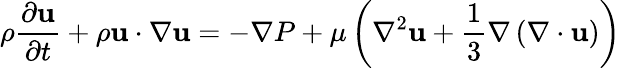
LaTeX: \rho{\frac{\partial\mathbf{u}}{\partial t}}+\rho\mathbf{u}\cdot\nabla\mathbf{u}=-\nabla P+\mu\left(\nabla^{2}\mathbf{u}+{\frac{1}{3}}\nabla\left(\nabla\cdot\mathbf{u}\right)\right)